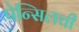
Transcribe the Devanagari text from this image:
पेन्सिलची